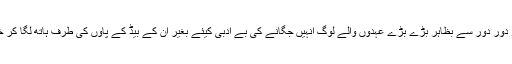
وہ اگر سو رہے ہوتے تو دور دور سے بظاہر بڑے بڑے عہدوں والے لوگ انہیں جگانے کی بے ادبی کیئے بغیر ان کے بیڈ کے پاوٗں کی طرف ہاتھ لگا کر خاموشی سے چلے جاتے۔